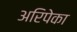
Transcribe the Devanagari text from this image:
अरिपेका